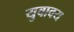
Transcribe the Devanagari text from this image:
युवावय